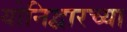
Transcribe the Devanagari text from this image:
योनिद्वारच्या